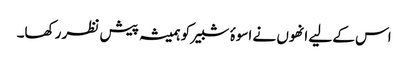
اس کے لیے انھوں نے اسوۂ شبیر کو ہمیشہ پیش نظر رکھا۔